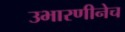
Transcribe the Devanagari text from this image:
उभारणीनेच